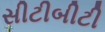
સીટીબીટી